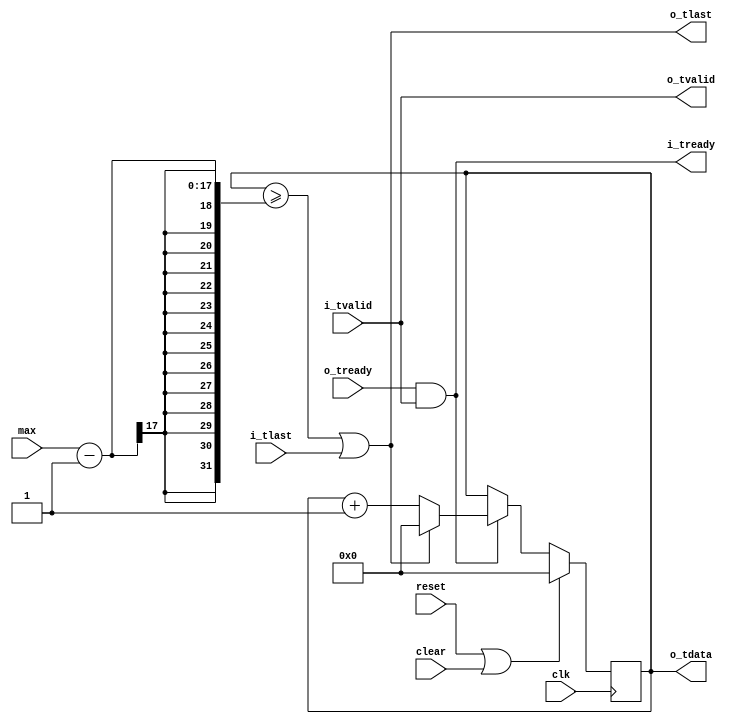
//
// Copyright 2014 Ettus Research LLC
//
// Simple counter, reset by i_tlast on input side.  i_tdata not connected
//  Most useful for indexing a RAM, creating a ramp, etc.

module counter
  #(parameter WIDTH=16)
   (input clk, input reset, input clear,
    input [WIDTH:0] max,
    input i_tlast, input i_tvalid, output i_tready,
    output [WIDTH-1:0] o_tdata, output o_tlast, output o_tvalid, input o_tready);

   reg [WIDTH-1:0]     count;
   
   wire 	       do_it = o_tready & i_tvalid;
   wire 	       done = (count >= (max-1));
   
   always @(posedge clk)
     if(reset | clear)
       count <= 0;
     else
       if(do_it)
	 if( done | i_tlast )
	   count <= 0;
   	 else
	   count <= count + 1;
   
   assign o_tdata = count;
   assign o_tlast = done | i_tlast;
   assign o_tvalid = i_tvalid;
   assign i_tready = do_it;
   
endmodule // counter